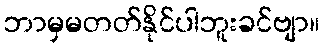
ဘာမှမတတ်နိုင်ပါဘူးခင်ဗျာ။